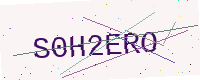
Text: S0H2ERO